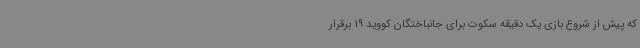
که پیش از شروع بازی یک دقیقه سکوت برای جانباختگان کووید 19 برقرار